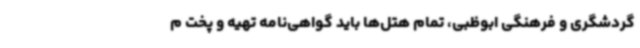
گردشگری و فرهنگی ابوظبی، تمام هتل‌ها باید گواهی‌نامه تهیه و پخت م